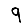
Digit: 9